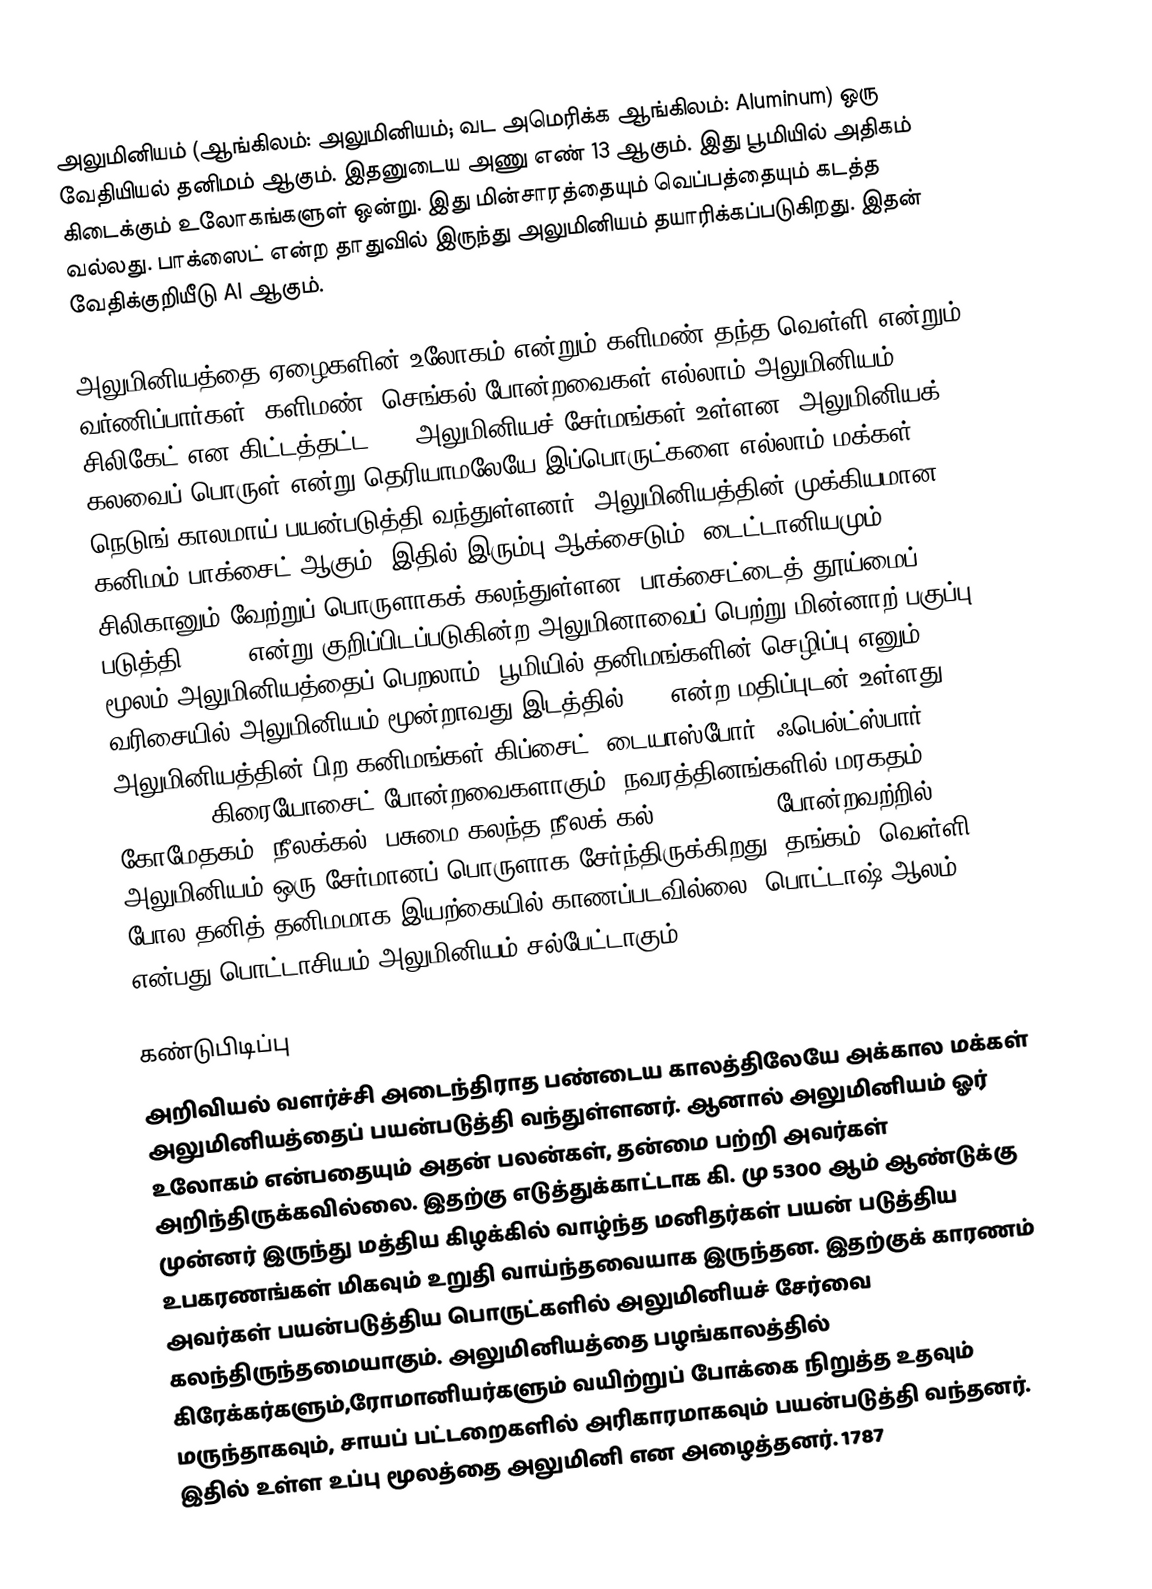
அலுமினியம் (ஆங்கிலம்: அலுமினியம்; வட அமெரிக்க ஆங்கிலம்: Aluminum) ஒரு வேதியியல் தனிமம் ஆகும். இதனுடைய அணு எண் 13 ஆகும். இது பூமியில் அதிகம் கிடைக்கும் உலோகங்களுள் ஒன்று. இது மின்சாரத்தையும் வெப்பத்தையும் கடத்த வல்லது. பாக்ஸைட் என்ற தாதுவில் இருந்து அலுமினியம் தயாரிக்கப்படுகிறது. இதன் வேதிக்குறியீடு Al ஆகும்.

அலுமினியத்தை ஏழைகளின் உலோகம் என்றும் களிமண் தந்த வெள்ளி என்றும் வர்ணிப்பார்கள். களிமண், செங்கல் போன்றவைகள் எல்லாம் அலுமினியம் சிலிகேட் என கிட்டத்தட்ட 270 அலுமினியச் சேர்மங்கள் உள்ளன. அலுமினியக் கலவைப் பொருள் என்று தெரியாமலேயே இப்பொருட்களை எல்லாம் மக்கள் நெடுங் காலமாய் பயன்படுத்தி வந்துள்ளனர். அலுமினியத்தின் முக்கியமான கனிமம் பாக்சைட் ஆகும். இதில் இரும்பு ஆக்சைடும், டைட்டானியமும், சிலிகானும் வேற்றுப் பொருளாகக் கலந்துள்ளன. பாக்சைட்டைத் தூய்மைப் படுத்தி Al2O3 என்று குறிப்பிடப்படுகின்ற அலுமினாவைப் பெற்று மின்னாற் பகுப்பு மூலம் அலுமினியத்தைப் பெறலாம். பூமியில் தனிமங்களின் செழிப்பு எனும் வரிசையில் அலுமினியம் மூன்றாவது இடத்தில் 8.1 என்ற மதிப்புடன் உள்ளது. அலுமினியத்தின் பிற கனிமங்கள் கிப்சைட், டையாஸ்போர், ஃபெல்ட்ஸ்பார் (felspar) கிரையோசைட் போன்றவைகளாகும். நவரத்தினங்களில் மரகதம், கோமேதகம், நீலக்கல், பசுமை கலந்த நீலக் கல் (Turquoise) போன்றவற்றில் அலுமினியம் ஒரு சேர்மானப் பொருளாக சேர்ந்திருக்கிறது. தங்கம், வெள்ளி போல தனித் தனிமமாக இயற்கையில் காணப்படவில்லை. பொட்டாஷ் ஆலம் என்பது பொட்டாசியம் அலுமினியம் சல்பேட்டாகும்.

கண்டுபிடிப்பு
அறிவியல் வளர்ச்சி அடைந்திராத பண்டைய காலத்திலேயே அக்கால மக்கள் அலுமினியத்தைப் பயன்படுத்தி வந்துள்ளனர். ஆனால் அலுமினியம் ஓர் உலோகம் என்பதையும் அதன் பலன்கள், தன்மை பற்றி அவர்கள் அறிந்திருக்கவில்லை. இதற்கு எடுத்துக்காட்டாக கி. மு 5300 ஆம் ஆண்டுக்கு முன்னர் இருந்து மத்திய கிழக்கில் வாழ்ந்த மனிதர்கள் பயன் படுத்திய உபகரணங்கள் மிகவும் உறுதி வாய்ந்தவையாக இருந்தன. இதற்குக் காரணம் அவர்கள் பயன்படுத்திய பொருட்களில் அலுமினியச் சேர்வை கலந்திருந்தமையாகும். அலுமினியத்தை பழங்காலத்தில் கிரேக்கர்களும்,ரோமானியர்களும் வயிற்றுப் போக்கை நிறுத்த உதவும் மருந்தாகவும், சாயப் பட்டறைகளில் அரிகாரமாகவும் பயன்படுத்தி வந்தனர். இதில் உள்ள உப்பு மூலத்தை அலுமினி என அழைத்தனர். 1787